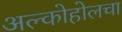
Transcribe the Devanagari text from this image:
अल्कोहोलचा